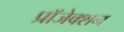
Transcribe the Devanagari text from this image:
प्रॉजेक्शन